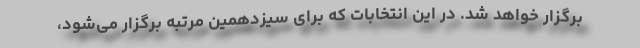
برگزار خواهد شد. در این انتخابات که برای سیزدهمین مرتبه برگزار می‌شود،